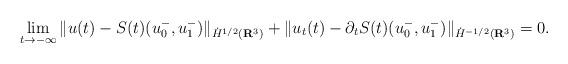
LaTeX: \begin{align*}\lim_{t \rightarrow -\infty} \| u(t) - S(t)(u_{0}^{-}, u_{1}^{-}) \|_{\dot{H}^{1/2}(\mathbf{R}^{3})} + \| u_{t}(t) - \partial_{t} S(t)(u_{0}^{-}, u_{1}^{-}) \|_{\dot{H}^{-1/2}(\mathbf{R}^{3})} = 0.\end{align*}